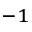
^ { - 1 }